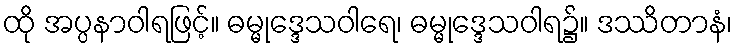
ထို အပ္ပနာဝါရဖြင့်။ ဓမ္မုဒ္ဒေသဝါရေ၊ ဓမ္မုဒ္ဒေသဝါရ၌။ ဒဿိတာနံ၊